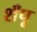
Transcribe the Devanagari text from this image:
शँपू